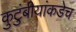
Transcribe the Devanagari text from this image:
कुटुंबीयांकडेच